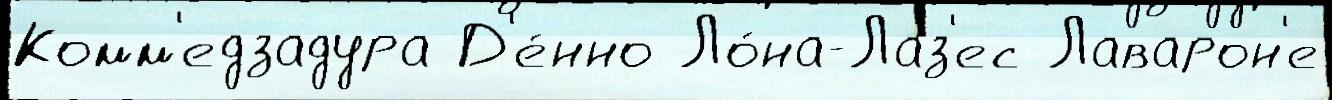
Комм'едзадура Д'е́нно Ло́на-Лаз'ес Лаварон'е